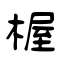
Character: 楃